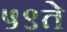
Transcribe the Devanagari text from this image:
५९ते